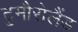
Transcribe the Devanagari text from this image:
टुमौरोलैंड